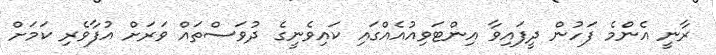
ރާނީ އެންމެ ފަހުން ދީފައިވާ އިންޓަވިއުއެއްގައި ކައިވެނީގެ ދުވަސްތައް ވަރަށް އުފާވެރި ކަމަށް